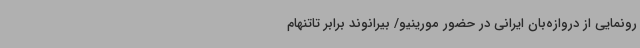
رونمایی از دروازه‌بان ایرانی در حضور مورینیو/ بیرانوند برابر تاتنهام